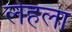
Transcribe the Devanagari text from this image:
लेहला